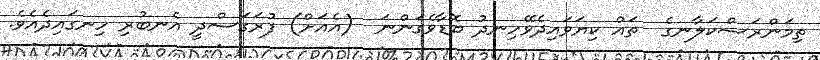
ތިމަންރަސްކަލާނގެ  ތައް ކިޔަވައިދެވޭހިނދު ބޮޑާވެގަންނަ  (އެއަށް) ފުރަގަސްދީ އެނބުރި ހިނގައިދެއެވެ.